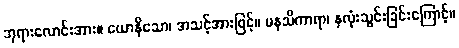
ဘုရားလောင်းအား။ ယောနိသော၊ အသင့်အားဖြင့်။ မနသိကာရာ၊ နှလုံးသွင်းခြင်းကြောင့်။